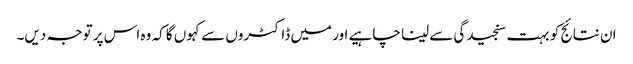
ان نتائج کو بہت سنجیدگی سے لینا چاہیے اور میں ڈاکٹروں سے کہوں گا کہ وہ اس پر توجہ دیں۔